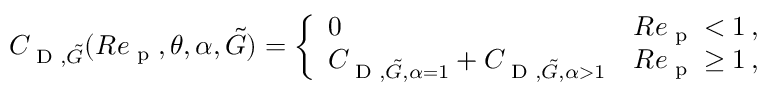
\begin{array} { r } { C _ { \textup { D } , \tilde { G } } ( R e _ { \textup { p } } , \theta , \alpha , \tilde { G } ) = \left\{ \begin{array} { l l } { 0 } & { R e _ { \textup { p } } < 1 \, , } \\ { C _ { \textup { D } , \tilde { G } , \alpha = 1 } + C _ { \textup { D } , \tilde { G } , \alpha > 1 } } & { R e _ { \textup { p } } \geq 1 \, , } \end{array} \right. } \end{array}